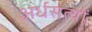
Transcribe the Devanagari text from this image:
अर्धसत्यों